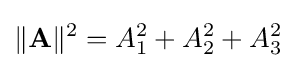
\|\mathbf {A} \|^{2}=A_{1}^{2}+A_{2}^{2}+A_{3}^{2}